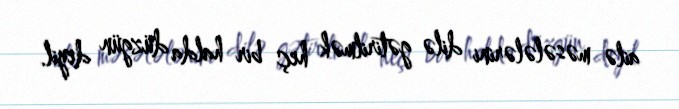
ailə məsələlərini dilə gətirilmək heç bir halda düzgün deyil.